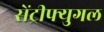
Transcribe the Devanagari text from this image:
सेंट्रीफ्युगल